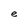
Character: e